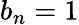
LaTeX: b_{n}=1